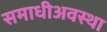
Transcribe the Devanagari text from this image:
समाधीअवस्था